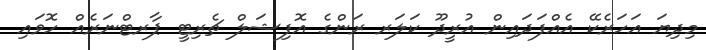
މިދިޔަ އަހަރެކޭ އެއްފަދައިން އުރީދޫ ކަލަރ ރަންގެ އޮފިޝަލް ޗެރިޓީ ޕާރޓްނަރެއް ހޮވައި